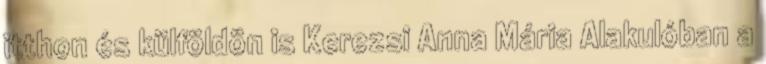
itthon és külföldön is Kerezsi Anna Mária Alakulóban a